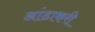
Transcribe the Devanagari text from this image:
आंडाकरी